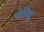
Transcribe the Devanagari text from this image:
जेनिदु